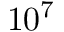
1 0 ^ { 7 }